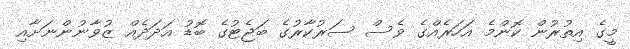
މީގެ އިތުރުން ކޮންމެ އަހަރެއްގެ ވެސް ސަރުކާރުގެ ބަޖެޓުގެ ބޮޑު އަދަދެއް ޒުވާނުންނަށާއި